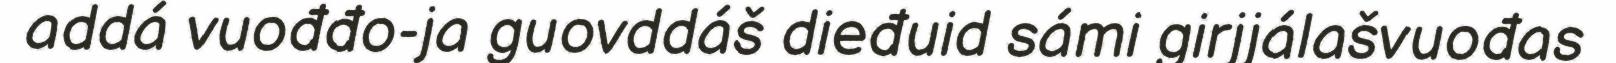
addá vuođđo-ja guovddáš dieđuid sámi girjjálašvuođas